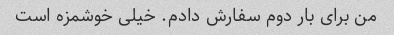
من برای بار دوم سفارش دادم. خیلی خوشمزه است